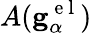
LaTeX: A(\mathbf{g}_{\alpha}^{\mathrm{~e~l~}})